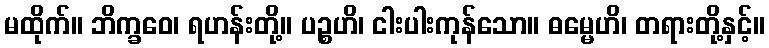
မထိုက်။ ဘိက္ခဝေ၊ ရဟန်းတို့။ ပဉ္စဟိ၊ ငါးပါးကုန်သော။ ဓမ္မေဟိ၊ တရားတို့နှင့်။